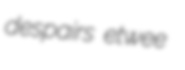
despairs etwee